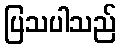
ပြသပါသည်